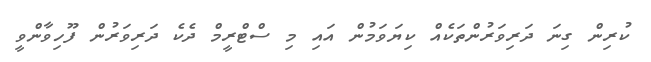
ކުރިން ގިނަ ދަރިވަރުންތަކެއް ކިޔަވަމުން އައި މި ސްޓްރީމް ދެކެ ދަރިވަރުން ފޫހިވާންވީ